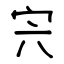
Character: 宍